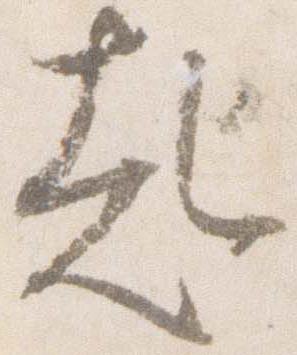
起